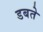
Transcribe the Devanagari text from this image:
डबते